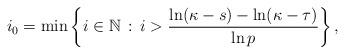
LaTeX: \begin{align*}i_0=\min\left\{i\in\mathbb{N}\, :\, i>\frac{\ln(\kappa-s)-\ln(\kappa-\tau)}{\ln p}\right\},\end{align*}